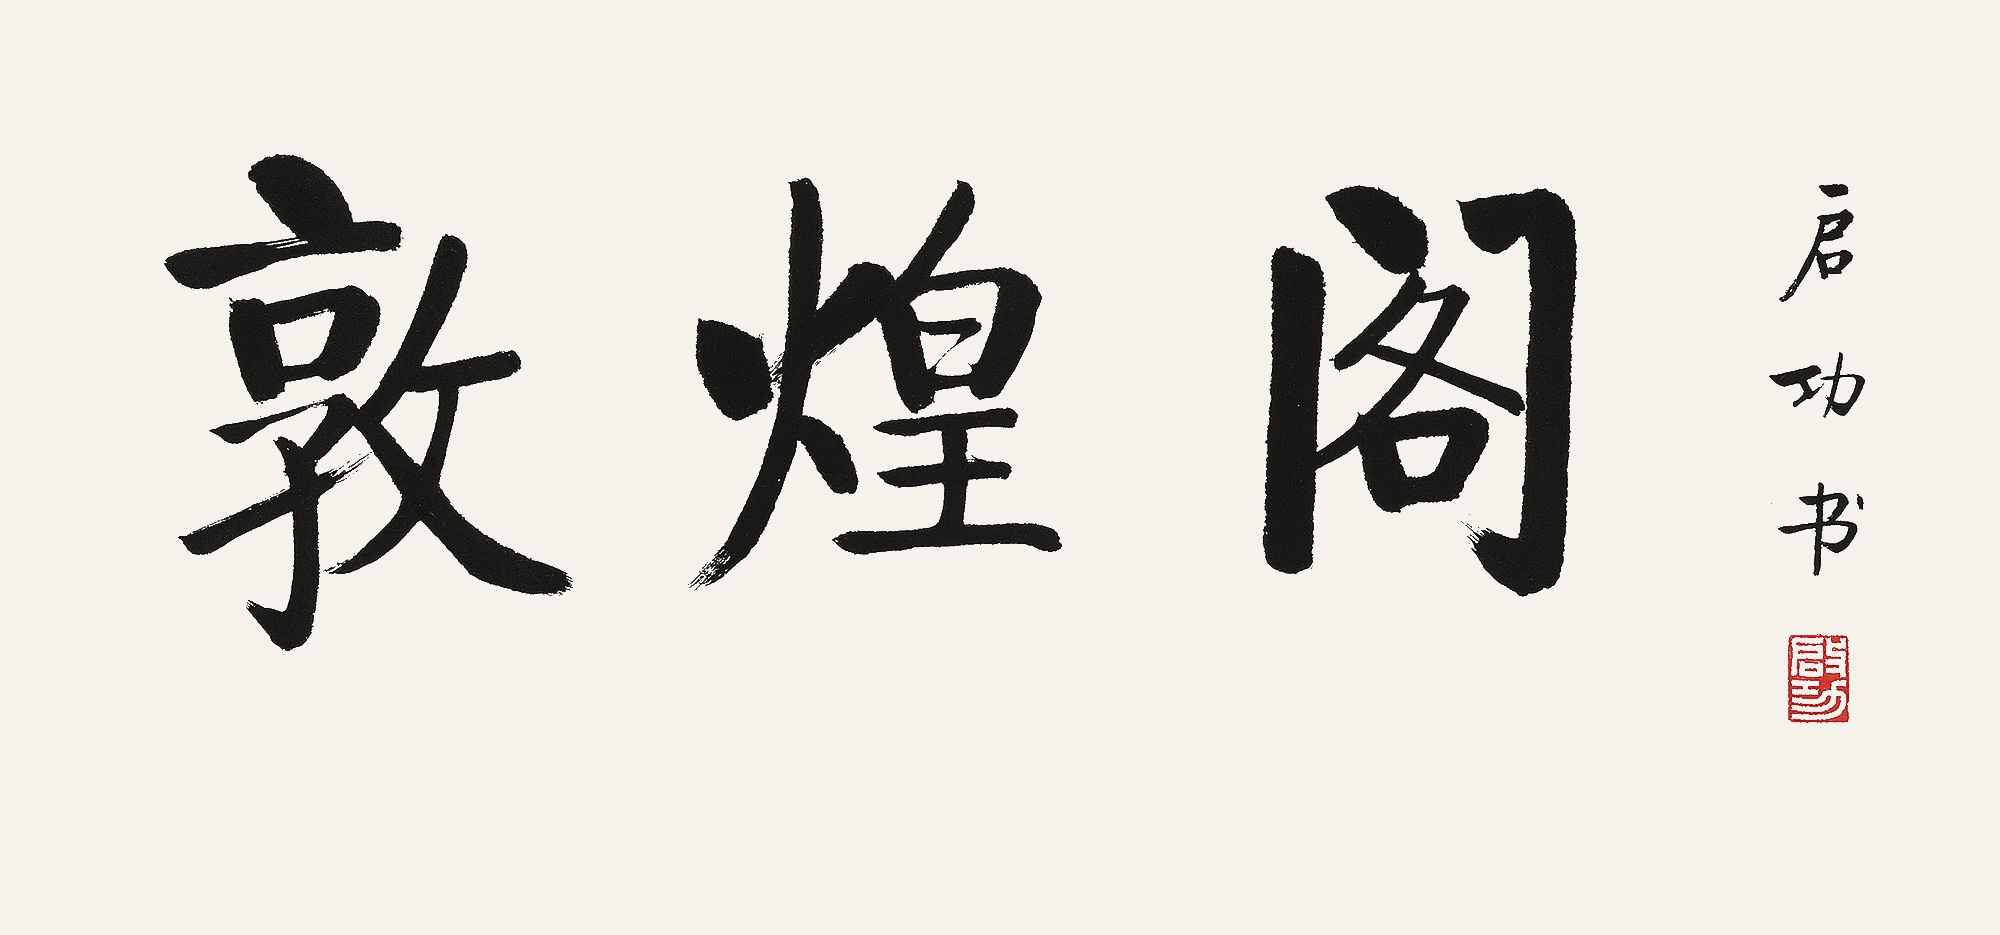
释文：敦煌阁，启功书。